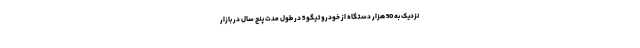
نزدیک به 50 هزار دستگاه از خودرو تیگو 5 در طول مدت پنج سال در بازار